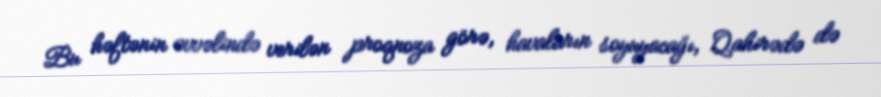
Bu həftənin əvvəlində verilən proqnoza görə, havaların soyuyacağı, Qahirədə də